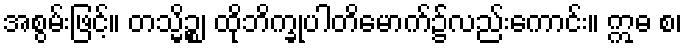
အစွမ်းဖြင့်။ တသ္မိဉ္စ၊ ထိုဘိက္ခုပါတိမောက်၌လည်းကောင်း။ ဣဓ စ၊